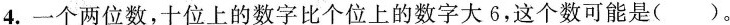
4.一个两位数，十位上的数字比个位上的数字大6，这个数可能是()。